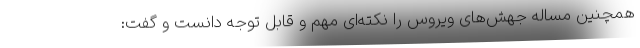
همچنین مساله جهش‌های ویروس را نکته‌ای مهم و قابل توجه دانست و گفت: